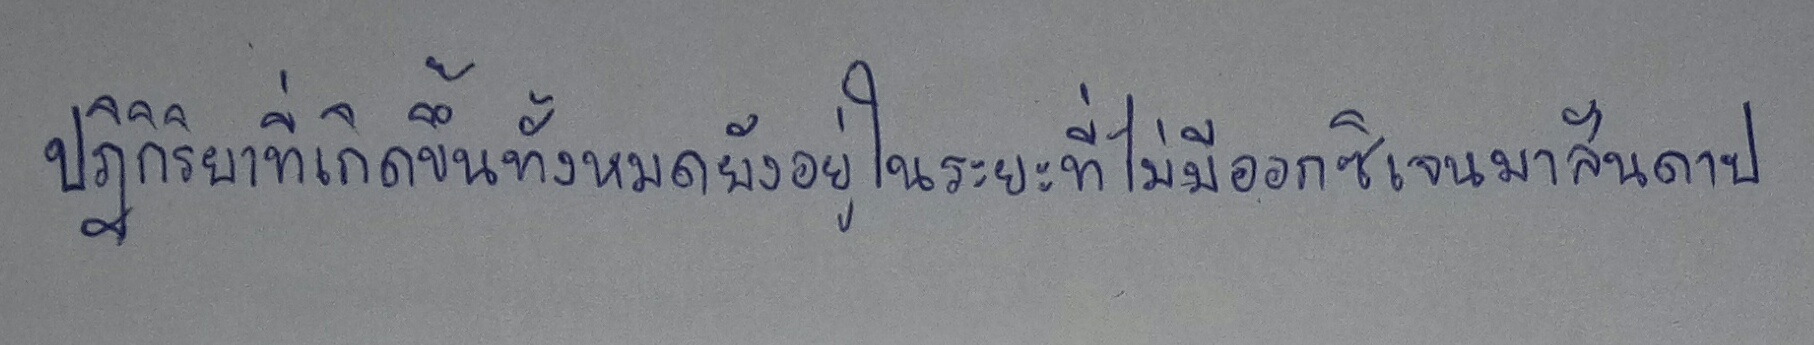
ปฏิกิริยาที่เกิดขึ้นทั้งหมดยังอยู่ในระยะที่ไม่มีออกซิเจนมาสันดาป